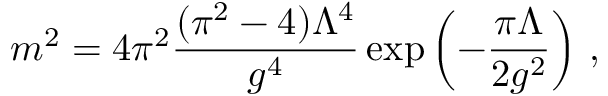
{ m ^ { 2 } = { 4 \pi ^ { 2 } } \frac { ( \pi ^ { 2 } - 4 ) \Lambda ^ { 4 } } { g ^ { 4 } } \exp \left( - \frac { \pi \Lambda } { 2 g ^ { 2 } } \right) } \ ,